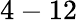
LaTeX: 4-12